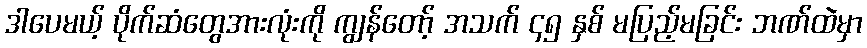
ဒါပေမယ့် ပိုက်ဆံတွေအားလုံးကို ကျွန်တော့် အသက် ၄၅ နှစ် မပြည့်မခြင်း ဘဏ်ထဲမှာ